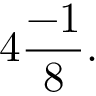
4 { \frac { - 1 } { 8 } } .